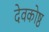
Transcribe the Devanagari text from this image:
देवकोष्ठ